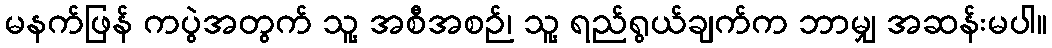
မနက်ဖြန် ကပွဲအတွက် သူ့ အစီအစဉ်၊ သူ့ ရည်ရွယ်ချက်က ဘာမျှ အဆန်းမပါ။